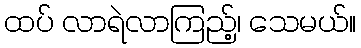
ထပ် လာရဲလာကြည့်၊ သေမယ်။